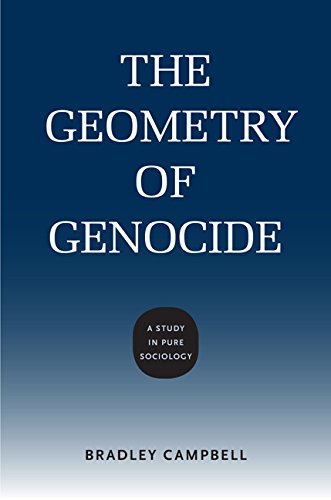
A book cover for The Geometry of Genocide: A Study in Pure Sociology (Studies in Pure Sociology); Bradley Campbell; Politics & Social Sciences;